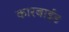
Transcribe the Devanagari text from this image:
कारबाईड